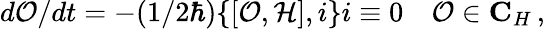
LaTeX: d{\cal O}/dt=-(1/2\hbar)\{ [{\cal O},{\cal H}],i\} i\equiv 0\quad{\cal O}\in{\mathbf C}_{H}\, ,